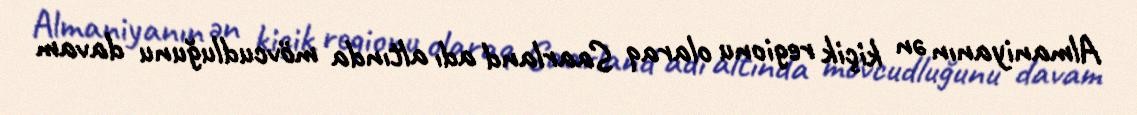
Almaniyanın ən kiçik regionu olaraq Saarland adı altında mövcudluğunu davam